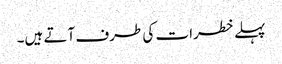
پہلے خطرات کی طرف آتے ہیں۔